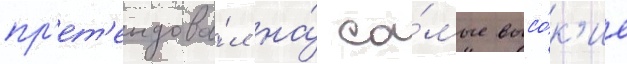
пр'ет'ендова́л на́ са́мые высо́к'ие